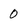
Character: 0